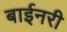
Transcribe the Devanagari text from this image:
बाईनरी